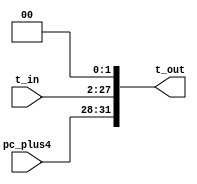
module Shift_Left2_26(t_in, t_out, pc_plus4);

	input [25:0] t_in;
	input [3:0] pc_plus4;
	output [31:0] t_out;
	
	assign t_out[27:0] = {t_in[25:0], 2'b00};
	assign t_out[31:28] = pc_plus4[3:0];
endmodule